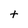
Character: t